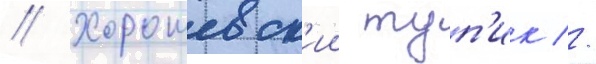
// Хорошевск'ии туп'ик //